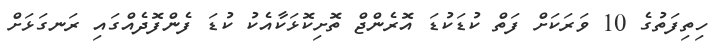
ހިތިފަތުގެ 10 ވަރަކަށް ފަތް ކުޑަކުޑަ އޮރެންޖް ތޮށިކޮޅަކާއެކު ކުޑަ ފެންފޮދެއްގައި ރަނގަޅަށް